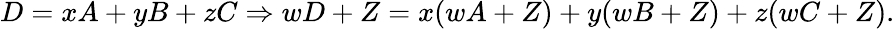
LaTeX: D=xA+yB+zC\Rightarrow wD+Z=x(wA+Z)+y(wB+Z)+z(wC+Z).